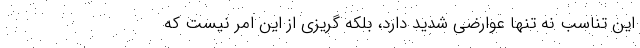
اين تناسب نه تنها عوارضي شديد دارد، بلکه گریزی از این امر نیست که